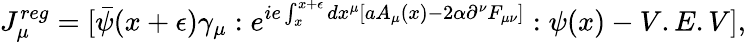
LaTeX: J_{\mu}^{reg}=[\bar{\psi}(x+\epsilon)\gamma_{\mu}:e^{ie\int_{x}^{x+\epsilon}dx^{\mu}[aA_{\mu}(x)-2\alpha\partial^{\nu}F_{\mu\nu}]}:\psi(x)-V.E.V],